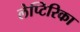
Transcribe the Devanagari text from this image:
लेप्टिरिका